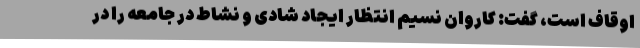
اوقاف است، گفت: کاروان نسیم انتظار ایجاد شادی و نشاط در جامعه را در